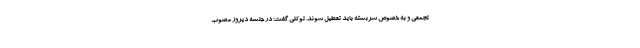
تجمعی و به خصوص سربسته باید تعطیل شوند. توکلی گفت: در جلسه دیروز مصوب